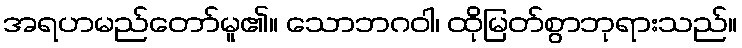
အရဟမည်တော်မူ၏။ သောဘဂဝါ၊ ထိုမြတ်စွာဘုရားသည်။